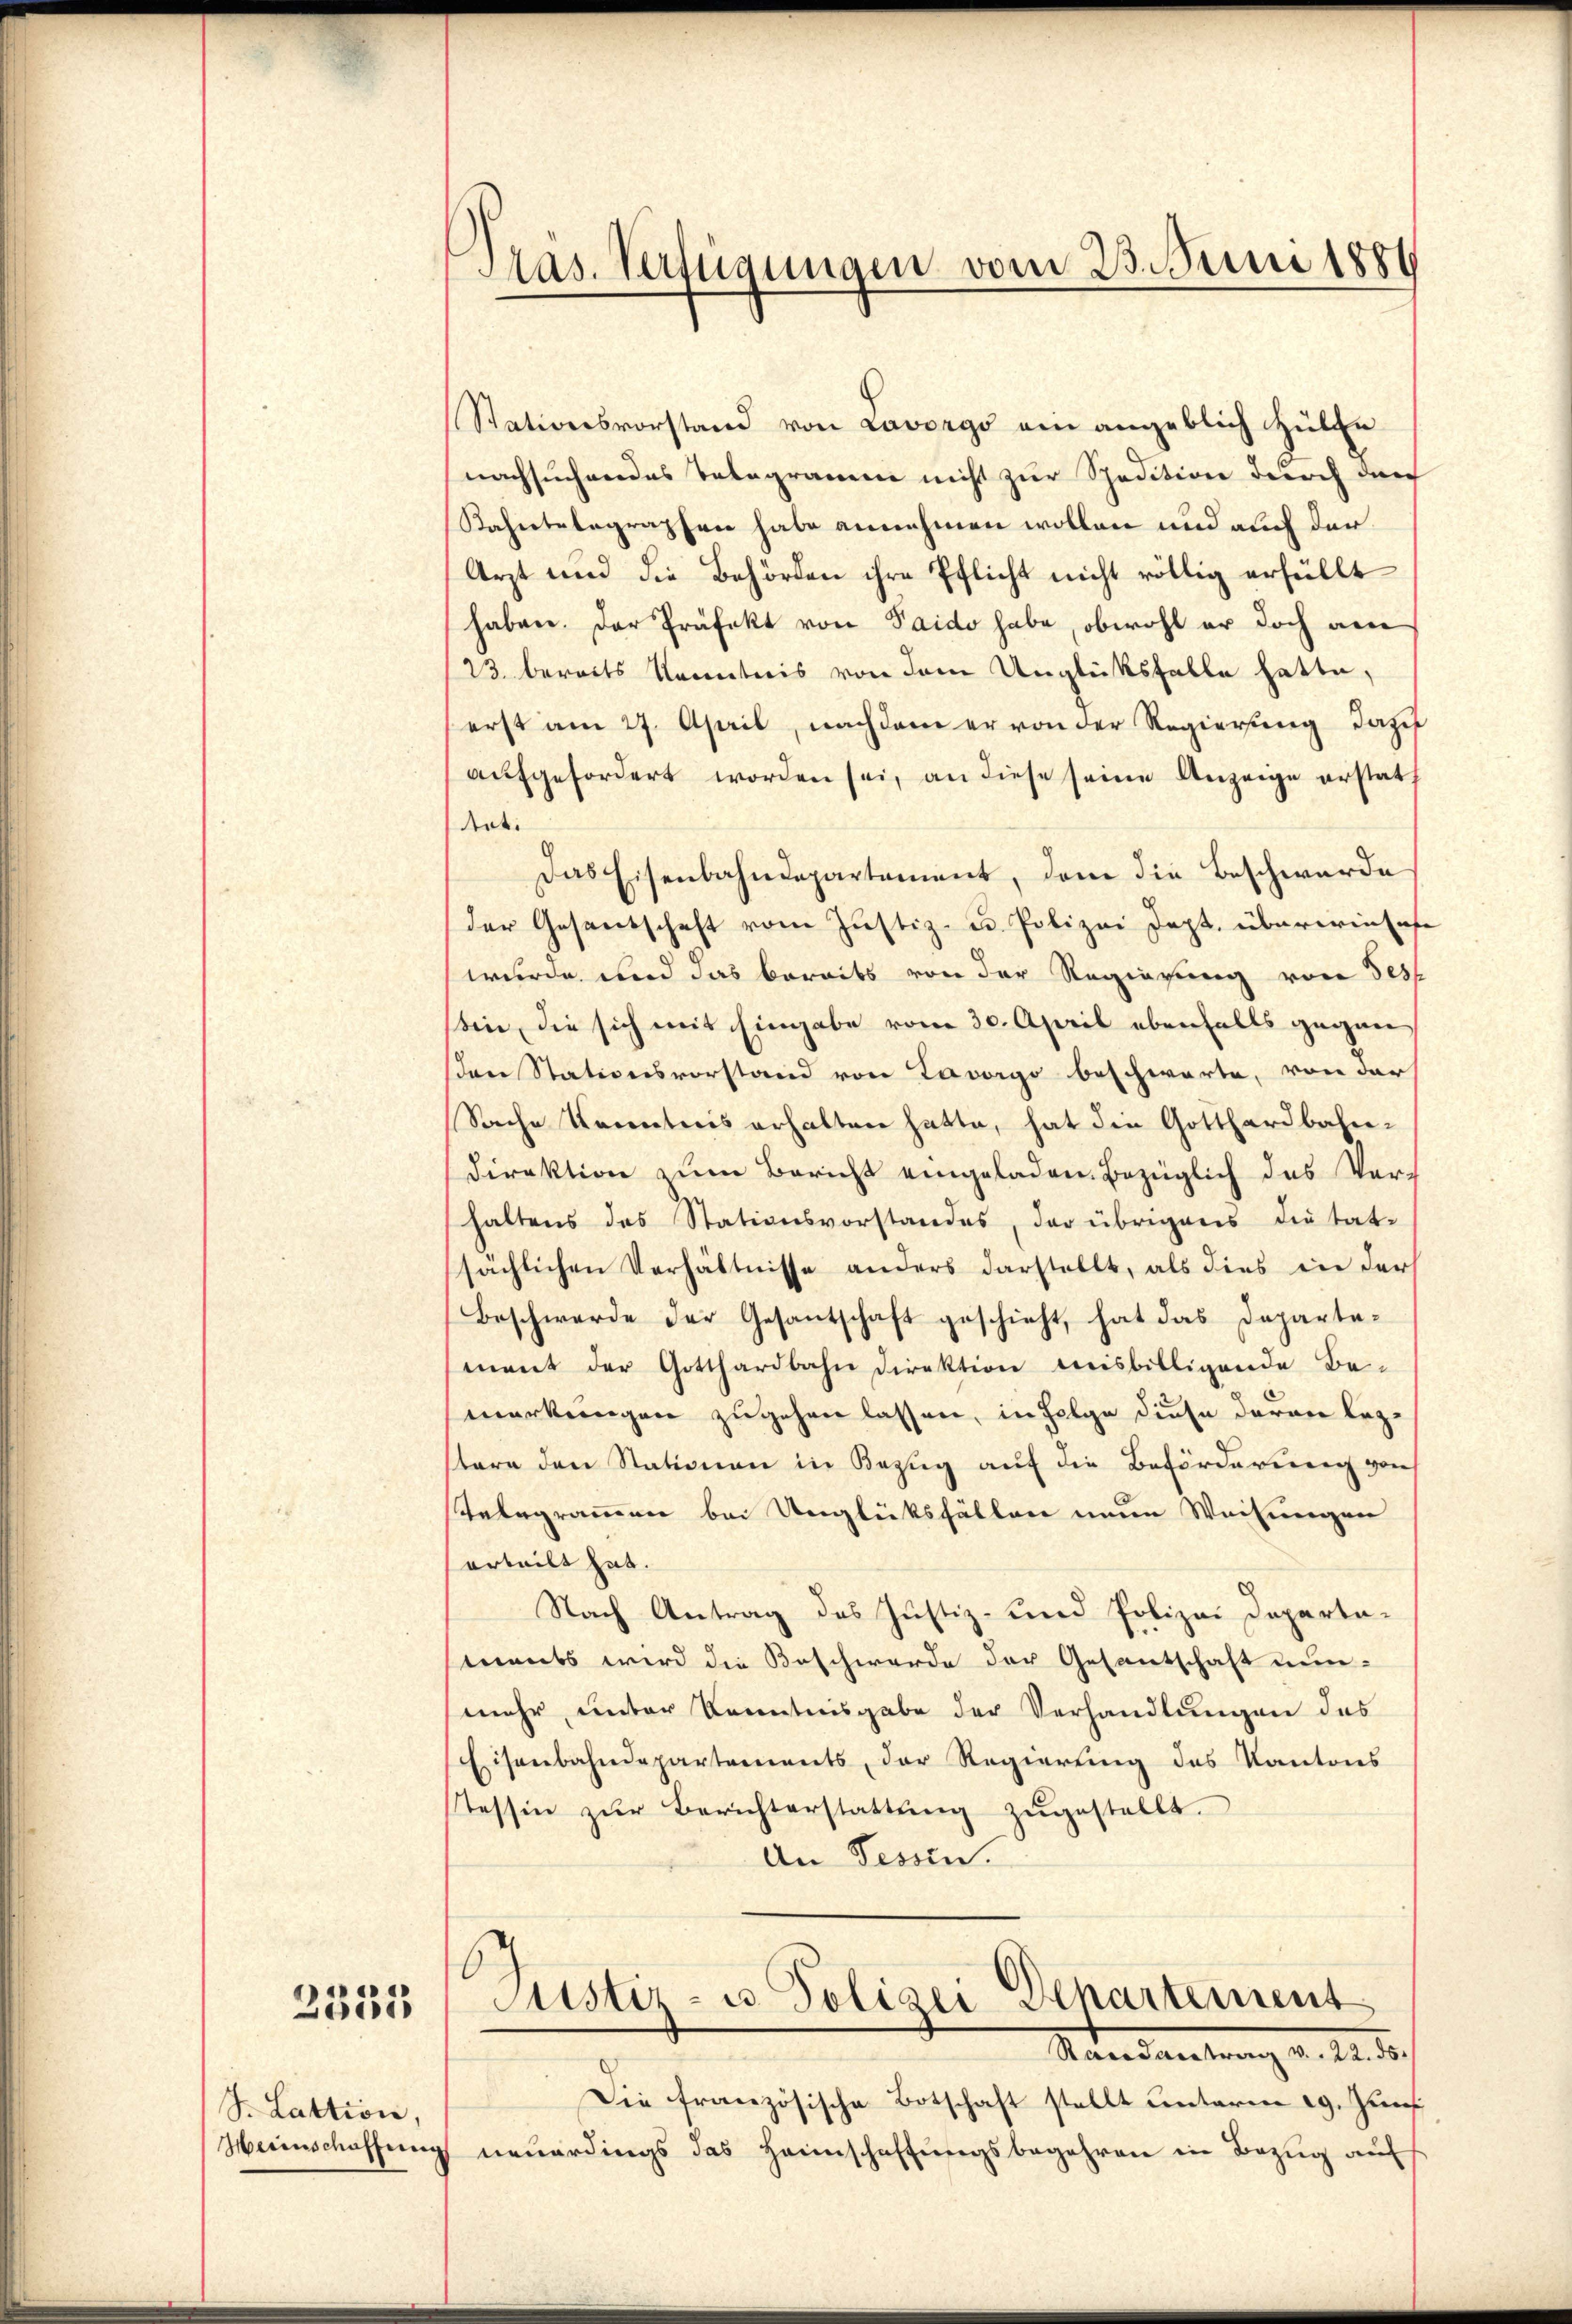
2335

S. Lattion,

Präs. Verfügungen vom 23. Juni 1881

Stationsvorstand von Lavergo ein angeblich Hülfe
nachsuchendes Telegramm nicht zur Spedition durch durch
Kahntelegraphen habe annehmen wollen und auch der
Arzt und die Behörden ihre Pflicht nicht völlig erfüllt
haben. Der Präfekt von Paido habe, obwohl er doch am
23 bereits Kenntnis von dem Unglücksfalle hatte,
erst am 27. April, nachdem er von der Regierung dazu
aŭfgefordert worden sei, an diese seine Anzeige erstat
tot.
Das Eisenbahndepartement, dem die Beschwerde
der Gesandschaft vom Justiz- u. Polizei Dept. übereinsase
wurde und das bereits von der Regierung von Sess
bei, die sich mit Eingabe vom 30. April ebenfalls gegen
en Stationsvorstand von Lavorgo beschwarte, von der
Sache Kenntnis erhalten hatte, hat die Gotthardbahn¬
Direktion zum Bericht eingeladen Bezüglich des Verhaltens des Stationsvorstandes, der übrigens die tat-
sächlichen Verhältnisse anders darstellt, als dies in der
Beschwerde der Gesantschaft geschieht, hat das Departement der Gotthardbahn Direktion misbilligende Be-
merkungen zugehen lassen, in Folge diese daran lezstere den Stationen in Bezug auf die Beförderung von
Telegrammen bei Unglüksfällen neue Weisungen
erteilt hat.
Nach Antrag des Justiz- und Polizei Departaments wird die Beschwerde der Gesantschaft nunmehr unter Kenntnisgabe der Verhandlungen des
Eisenbahndepartements, der Regierung des Kantons
Tessin zŭr Berichterstattŭng zŭgestellt.
An Tessin.

Justiz- u. Polizei Departement
Mandantrag d. 12. d.

Die französische Botschaft stellt unterm 29. Juni
Heimschaffung neuerdings das Heimschaffungsbegehren in Bezug auf